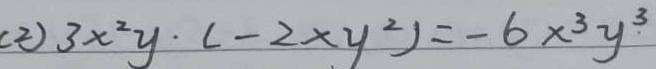
( 2 ) 3 x ^ { 2 } y \cdot ( - 2 x y ^ { 2 } ) = - 6 x ^ { 3 } y . ^ { 3 }